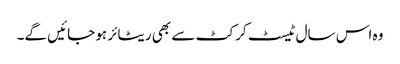
وہ اس سال ٹیسٹ کرکٹ سے بھی ریٹائر ہو جائیں گے۔